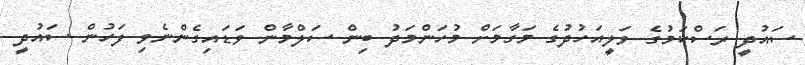
ސައުދީ ރަސްކަމުގެ ވަލީއަހުދުގެ މަގާމަށް މުހަންމަދު ބިން ސަލްމާން ވަޑައިގެންނެވި ފަހުން ސައުދީ